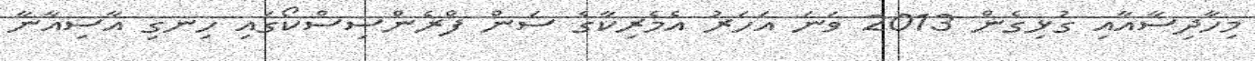
މިހާދިސާއާއި ގުޅިގެން 2013 ވަނަ އަހަރު އެމެރިކާގެ ސަން ފްރެންސިސްކޯގައި ހިނގި އާސިއާނާ